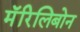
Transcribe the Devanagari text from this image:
मॅरिलिबोन